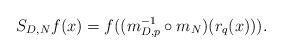
LaTeX: \begin{align*}S_{D,N} f(x) = f((m_{D, p}^{-1} \circ m_{N})(r_q(x))) .\end{align*}